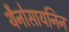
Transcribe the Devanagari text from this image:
थैनोसायनिन